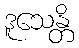
ဒူသေန္တိ